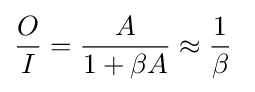
{\frac {O}{I}}={\frac {A}{1+\beta A}}\approx {\frac {1}{\beta }}\